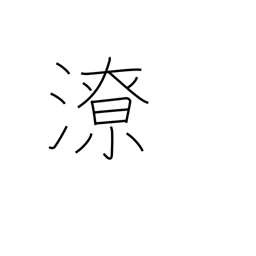
Meaning: runoff